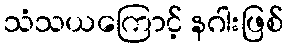
သံသယကြောင့် နဂါးဖြစ်